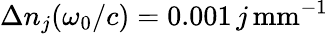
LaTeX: \Delta n_{j}(\omega_{0}/c)=0.001\, j\, \textrm{mm}^{-1}